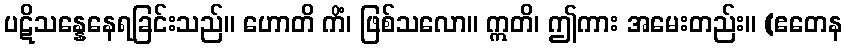
ပဋိသန္နေနေရခြင်းသည်။ ဟောတိ ကိံ၊ ဖြစ်သလော။ ဣတိ၊ ဤကား အမေးတည်း။ (ဧတေန